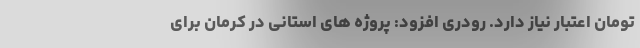
تومان اعتبار نیاز دارد. رودری افزود: پروژه های استانی در کرمان برای